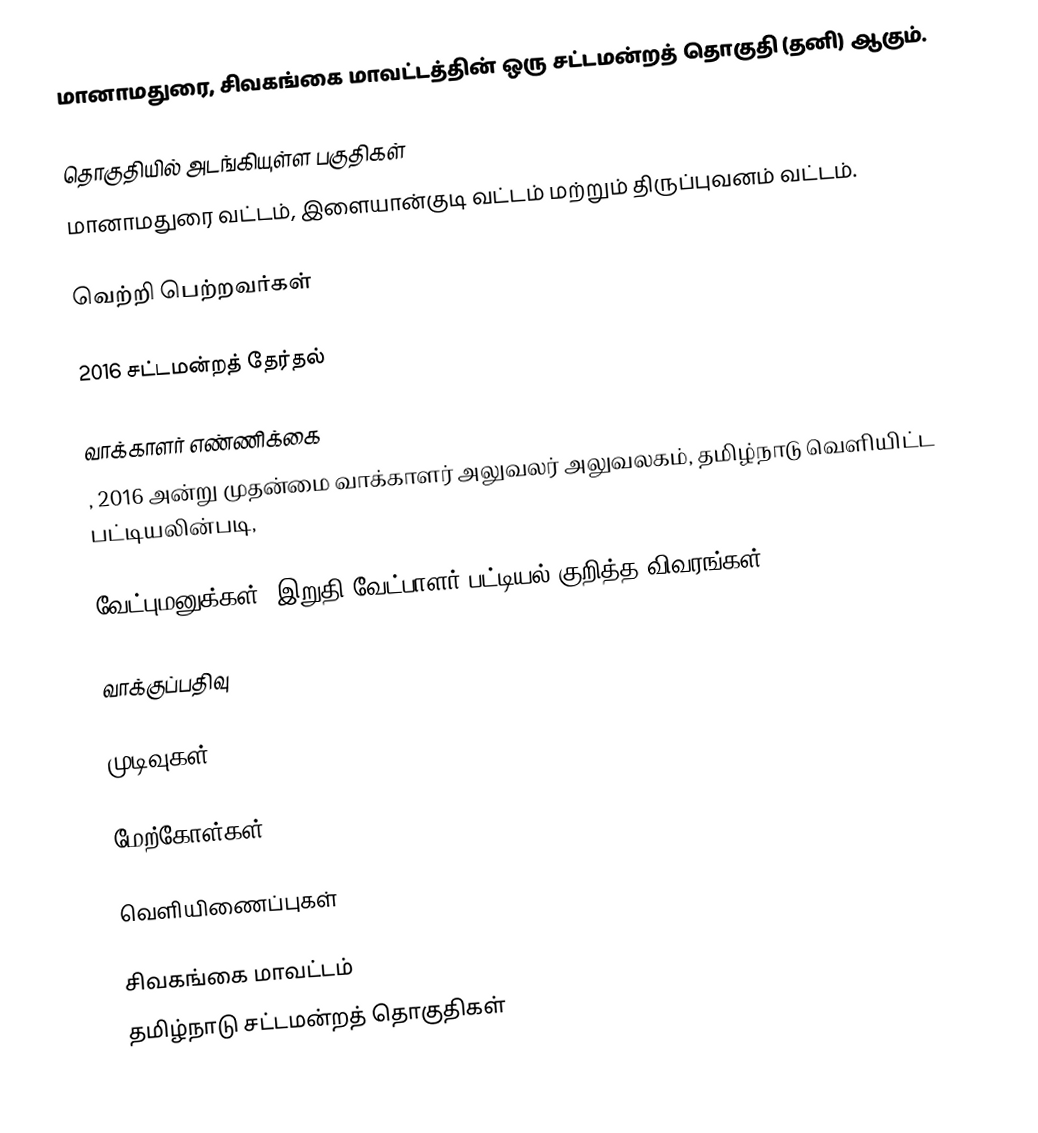
மானாமதுரை, சிவகங்கை மாவட்டத்தின் ஒரு சட்டமன்றத் தொகுதி (தனி) ஆகும்.

தொகுதியில் அடங்கியுள்ள பகுதிகள்
மானாமதுரை வட்டம், இளையான்குடி வட்டம் மற்றும் திருப்புவனம் வட்டம்.

வெற்றி பெற்றவர்கள்

2016 சட்டமன்றத் தேர்தல்

வாக்காளர் எண்ணிக்கை
, 2016 அன்று முதன்மை வாக்காளர் அலுவலர் அலுவலகம், தமிழ்நாடு வெளியிட்ட பட்டியலின்படி,

வேட்புமனுக்கள், இறுதி வேட்பாளர் பட்டியல் குறித்த விவரங்கள்

வாக்குப்பதிவு

முடிவுகள்

மேற்கோள்கள்

வெளியிணைப்புகள்

சிவகங்கை மாவட்டம்
தமிழ்நாடு சட்டமன்றத் தொகுதிகள்